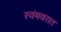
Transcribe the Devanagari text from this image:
स्वंमवरात